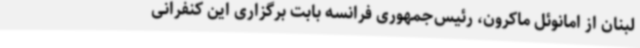
لبنان از امانوئل ماکرون، رئیس‌جمهوری فرانسه بابت برگزاری این کنفرانی